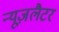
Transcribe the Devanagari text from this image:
न्यूज़लैटर